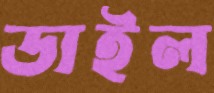
ডাইল